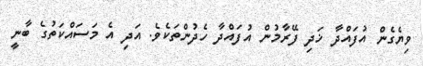
ވިޔެގެން އުފައްދާ ޚަދި ފޭރާމުން އުފައްދާ ހެދުންތަކެވެ. އަދި އެ މަސައްކަތުގެ ބާނީ